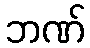
ဘဏ်